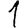
Digit: 1